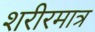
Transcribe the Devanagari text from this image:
शरीरमात्र